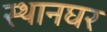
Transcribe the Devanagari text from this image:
स्थानघर